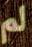
لم